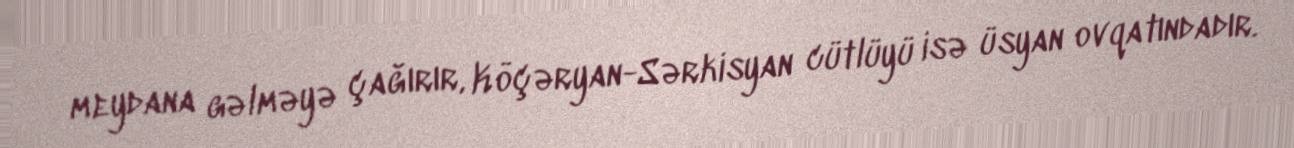
meydana gəlməyə çağırır, Köçəryan-Sərkisyan cütlüyü isə üsyan ovqatındadır.